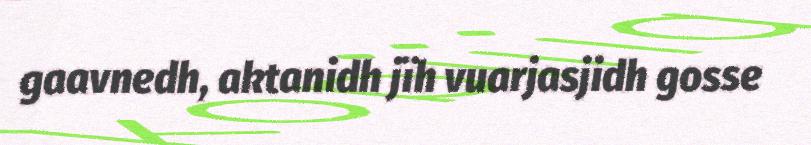
gaavnedh, aktanidh jïh vuarjasjidh gosse